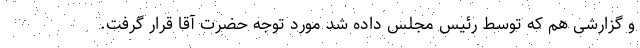
و گزارشی هم که توسط رئیس مجلس داده شد مورد توجه حضرت آقا قرار گرفت.